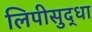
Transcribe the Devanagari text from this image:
लिपीसुद्धा